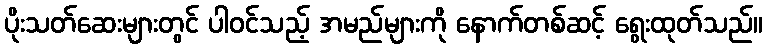
ပိုးသတ်ဆေးများတွင် ပါဝင်သည့် အမည်များကို နောက်တစ်ဆင့် ရွေးထုတ်သည်။